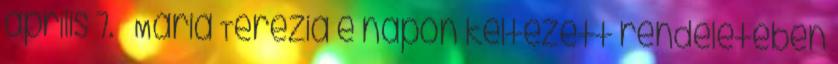
április 7. – Mária Terézia e napon keltezett rendeletében